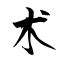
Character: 术